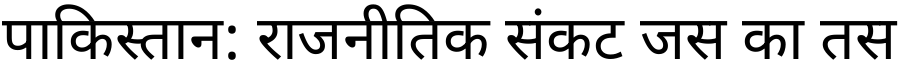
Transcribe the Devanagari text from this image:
पाकिस्तान: राजनीतिक संकट जस का तस